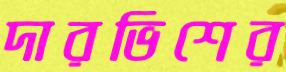
দারভিশের